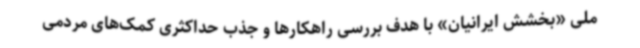
ملی «بخشش ایرانیان» با هدف بررسی راهکارها و جذب حداکثری کمک‌های مردمی